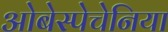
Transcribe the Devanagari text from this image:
ओबेस्पेचेनिया